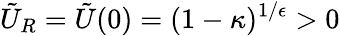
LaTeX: \tilde{U}_{R}=\tilde{U}(0)=(1-\kappa)^{1/\epsilon}>0